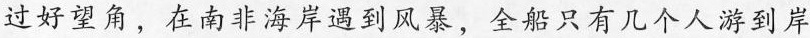
过好望角，在南非海岸遇到风暴，全船只有几个人游到岸